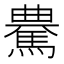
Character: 𩤰